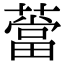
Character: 𦼲